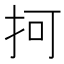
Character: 抲